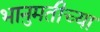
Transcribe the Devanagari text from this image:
भानुमतीच्या